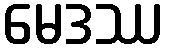
မေဒဿ